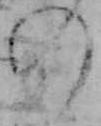
の